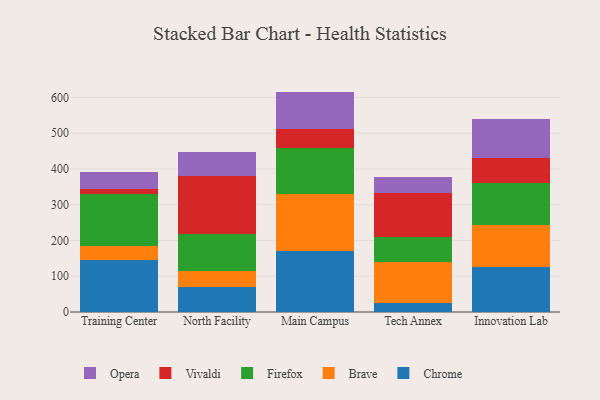
{"axis": {"x": "Campus", "y": "Active Users"}, "legend": ["Brave", "Chrome", "Firefox", "Opera", "Vivaldi"], "data": [{"x": "Training Center", "y": 144.2, "type": "Chrome"}, {"x": "Training Center", "y": 40.5, "type": "Brave"}, {"x": "Training Center", "y": 145.7, "type": "Firefox"}, {"x": "Training Center", "y": 13.4, "type": "Vivaldi"}, {"x": "Training Center", "y": 47.0, "type": "Opera"}, {"x": "North Facility", "y": 69.7, "type": "Chrome"}, {"x": "North Facility", "y": 43.7, "type": "Brave"}, {"x": "North Facility", "y": 105.0, "type": "Firefox"}, {"x": "North Facility", "y": 162.3, "type": "Vivaldi"}, {"x": "North Facility", "y": 66.6, "type": "Opera"}, {"x": "Main Campus", "y": 169.8, "type": "Chrome"}, {"x": "Main Campus", "y": 161.1, "type": "Brave"}, {"x": "Main Campus", "y": 127.0, "type": "Firefox"}, {"x": "Main Campus", "y": 53.5, "type": "Vivaldi"}, {"x": "Main Campus", "y": 104.8, "type": "Opera"}, {"x": "Tech Annex", "y": 24.8, "type": "Chrome"}, {"x": "Tech Annex", "y": 115.6, "type": "Brave"}, {"x": "Tech Annex", "y": 68.2, "type": "Firefox"}, {"x": "Tech Annex", "y": 122.8, "type": "Vivaldi"}, {"x": "Tech Annex", "y": 45.6, "type": "Opera"}, {"x": "Innovation Lab", "y": 126.0, "type": "Chrome"}, {"x": "Innovation Lab", "y": 117.8, "type": "Brave"}, {"x": "Innovation Lab", "y": 116.3, "type": "Firefox"}, {"x": "Innovation Lab", "y": 69.6, "type": "Vivaldi"}, {"x": "Innovation Lab", "y": 111.2, "type": "Opera"}]}